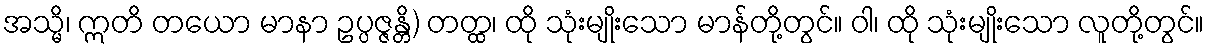
အသ္မိ၊ ဣတိ တယော မာနာ ဥပ္ပဇ္ဇန္တိ) တတ္ထ၊ ထို သုံးမျိုးသော မာန်တို့တွင်။ ဝါ၊ ထို သုံးမျိုးသော လူတို့တွင်။